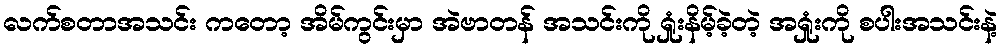
လက်စတာအသင်း ကတော့ အိမ်ကွင်းမှာ အဲဗာတန် အသင်းကို ရှုံးနိမ့်ခဲ့တဲ့ အရှုံးကို စပါးအသင်းနဲ့